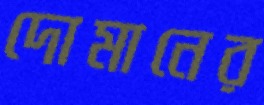
দোমানের